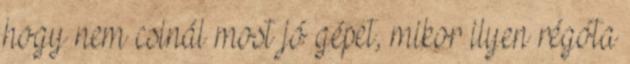
hogy nem csinál most jó gépet, mikor ilyen régóta